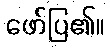
ဖော်ပြ၏။